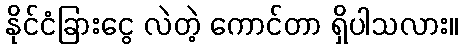
နိုင်ငံခြားငွေ လဲတဲ့ ကောင်တာ ရှိပါသလား။